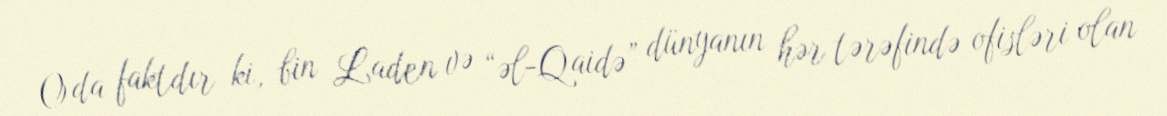
O da faktdır ki, bin Laden və “əl-Qaidə” dünyanın hər tərəfində ofisləri olan